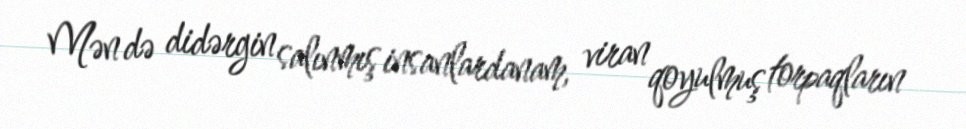
Mən də didərgin salınmış insanlardanam, viran qoyulmuş torpaqların